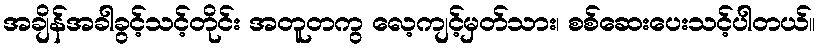
အချိန်အခါခွင့်သင့်တိုင်း အတူတကွ လေ့ကျင့်မှတ်သား၊ စစ်ဆေးပေးသင့်ပါတယ်။